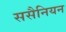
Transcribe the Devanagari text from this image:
ससैनियन